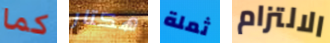
كما هكتار ثملة الالتزام